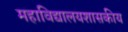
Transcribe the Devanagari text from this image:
महाविद्यालयशासकीय